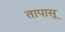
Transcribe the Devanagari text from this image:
तापासू